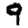
Digit: 9